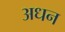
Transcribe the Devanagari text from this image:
अधन